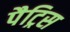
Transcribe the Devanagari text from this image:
पैट्रिस